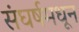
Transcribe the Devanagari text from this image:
संघर्षमधून